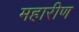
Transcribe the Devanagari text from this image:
महारीण